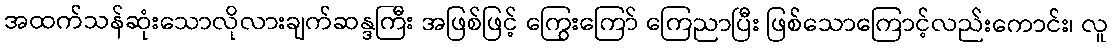
အထက်သန်ဆုံးသောလိုလားချက်ဆန္ဒကြီး အဖြစ်ဖြင့် ကြွေးကြော် ကြေညာပြီး ဖြစ်သောကြောင့်လည်းကောင်း၊ လူ